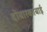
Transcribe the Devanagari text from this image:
दोवारकाबाई